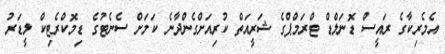
އެމެރިކާގެ ރައީސް ޑޮނަލްޑް ޓްރަމްޕްގެ ޝަރީއަތް ކުރިއަށްގެންދާނެ ކަމަށް ސެނެޓުގެ ޑިމޮކްރެޓިކް ލީޑަރު